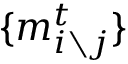
\{ m _ { i \setminus j } ^ { t } \}